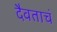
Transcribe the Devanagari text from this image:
दैवताचं